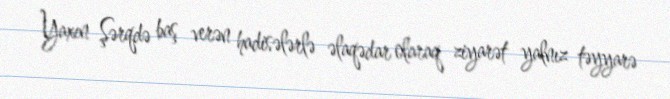
Yaxın Şərqdə baş verən hadisələrlə əlaqədar olaraq ziyarət yalnız təyyarə